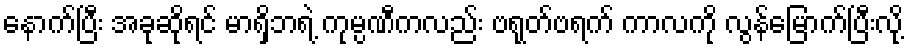
နောက်ပြီး အခုဆိုရင် မာရှိဘရဲ့ ကုမ္ပဏီကလည်း ဗရုတ်ဗရက် ကာလကို လွန်မြောက်ပြီးလို့